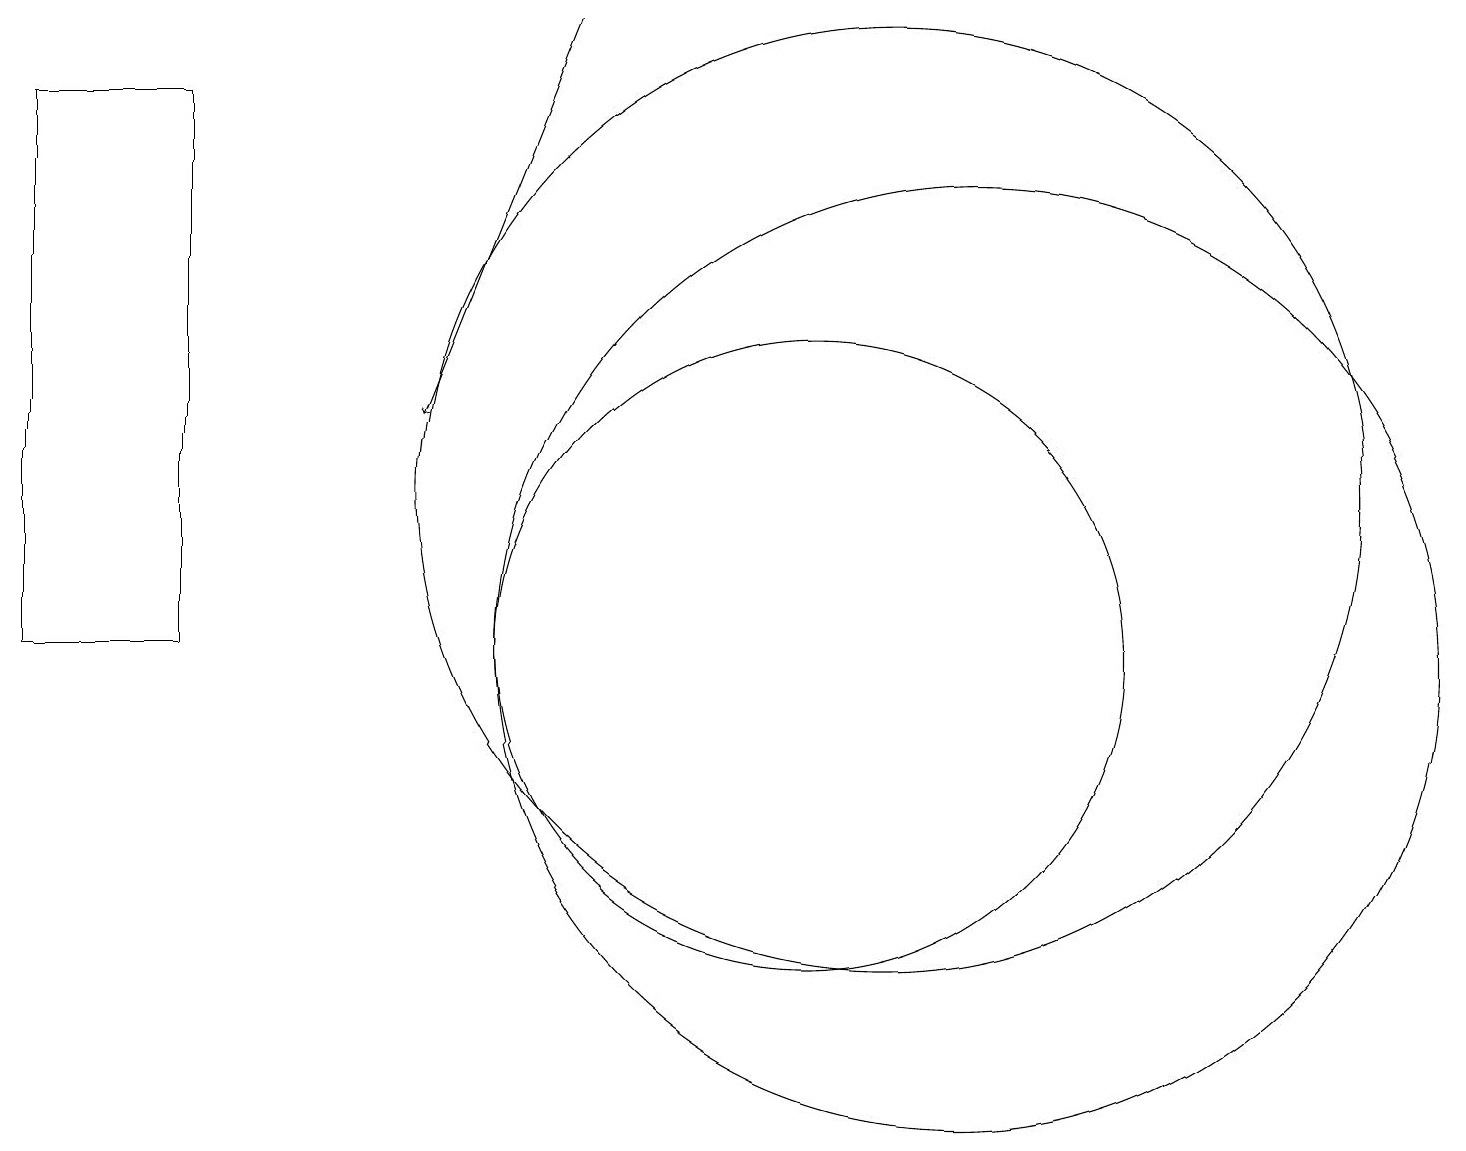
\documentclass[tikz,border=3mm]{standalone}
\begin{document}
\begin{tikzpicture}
\draw (10,10) circle (4);
\draw (11,12) circle (6);
\draw (2,10) rectangle (0,17);
\draw (12,10) circle (6);
\draw (10,11) circle (0);
\draw[->] (7,18) -- (5,13);
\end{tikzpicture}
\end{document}